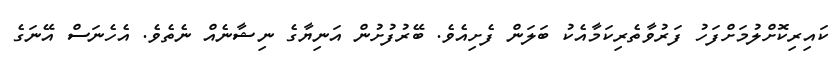
ކައިރިކޮށްލުމަށްފަހު ފަރުވާތެރިކަމާއެކު ބަލަން ފެށިއެވެ. ބޭރުފުށުން އަނިޔާގެ ނިޝާނެއް ނެތެވެ. އެހެނަސް އޭނަގެ